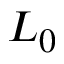
L _ { 0 }